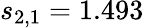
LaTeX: s_{2,1}=1.493